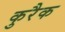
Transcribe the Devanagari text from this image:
कुरैक